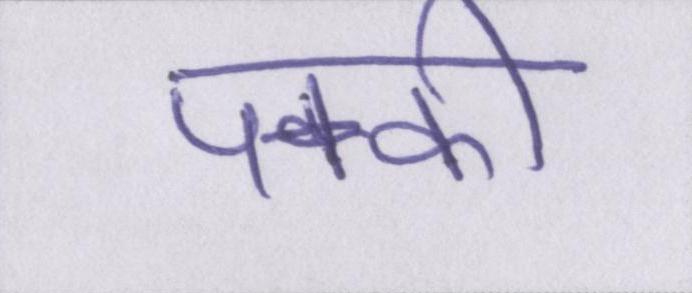
पक्की